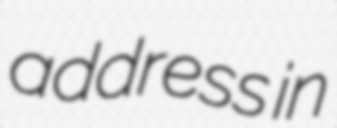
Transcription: address in